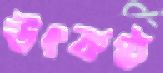
উৎকণ্ঠ